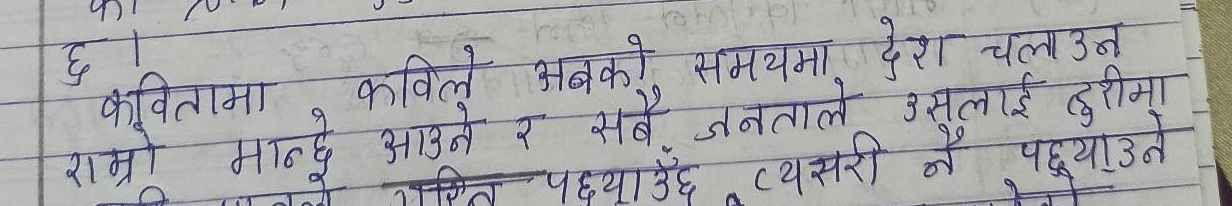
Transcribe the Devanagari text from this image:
छ ।
कवितामा कविलाई अबको समयमा देश चलाउन
राम्रो मान्छे आउने र सबै जनताले उसलाई दुरीमा
परित पच्याउँदै त्यसरी नै पढ्याउँने